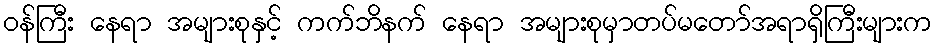
ဝန်ကြီး နေရာ အများစုနှင့် ကက်ဘိနက် နေရာ အများစုမှာတပ်မတော်အရာရှိကြီးများက